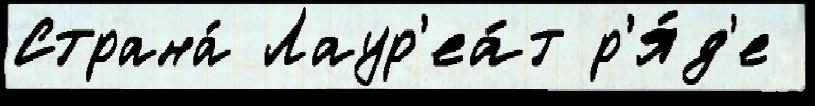
Страна́ Лаур'еа́т р'я́д'е